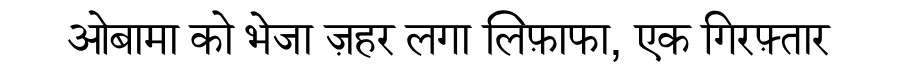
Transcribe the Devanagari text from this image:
ओबामा को भेजा ज़हर लगा लिफ़ाफा, एक गिरफ़्तार